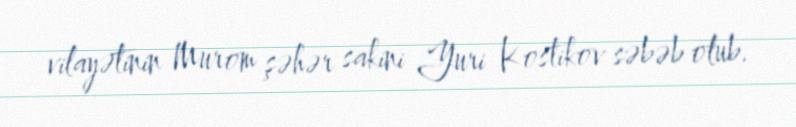
vilayətinin Murom şəhər sakini Yuri Kostikov səbəb olub.